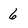
Character: 6